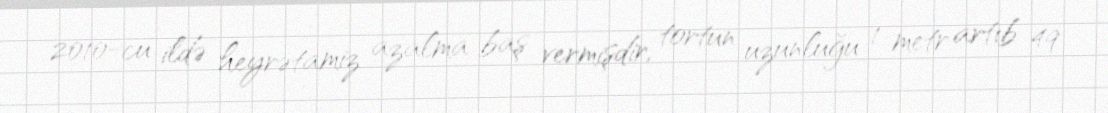
2010-cu ildə heyrətamiz azalma baş vermişdir, tortun uzunluğu 1 metr artıb 49